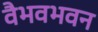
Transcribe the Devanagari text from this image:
वैभवभवन